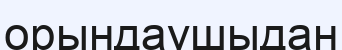
орындаушыдан